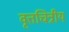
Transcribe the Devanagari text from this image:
वृत्तचित्रीय